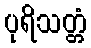
ပုရိသတ္တံ